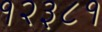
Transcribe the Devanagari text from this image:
१२३८१